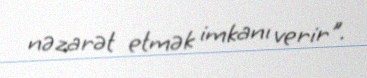
nəzarət etmək imkanı verir".